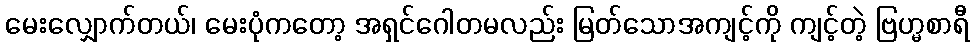
မေးလျှောက်တယ်၊ မေးပုံကတော့ အရှင်ဂေါတမလည်း မြတ်သောအကျင့်ကို ကျင့်တဲ့ ဗြဟ္မစာရီ